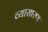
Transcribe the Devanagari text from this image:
व्यासारण